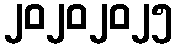
၂၀၂၀၂၀၂၅